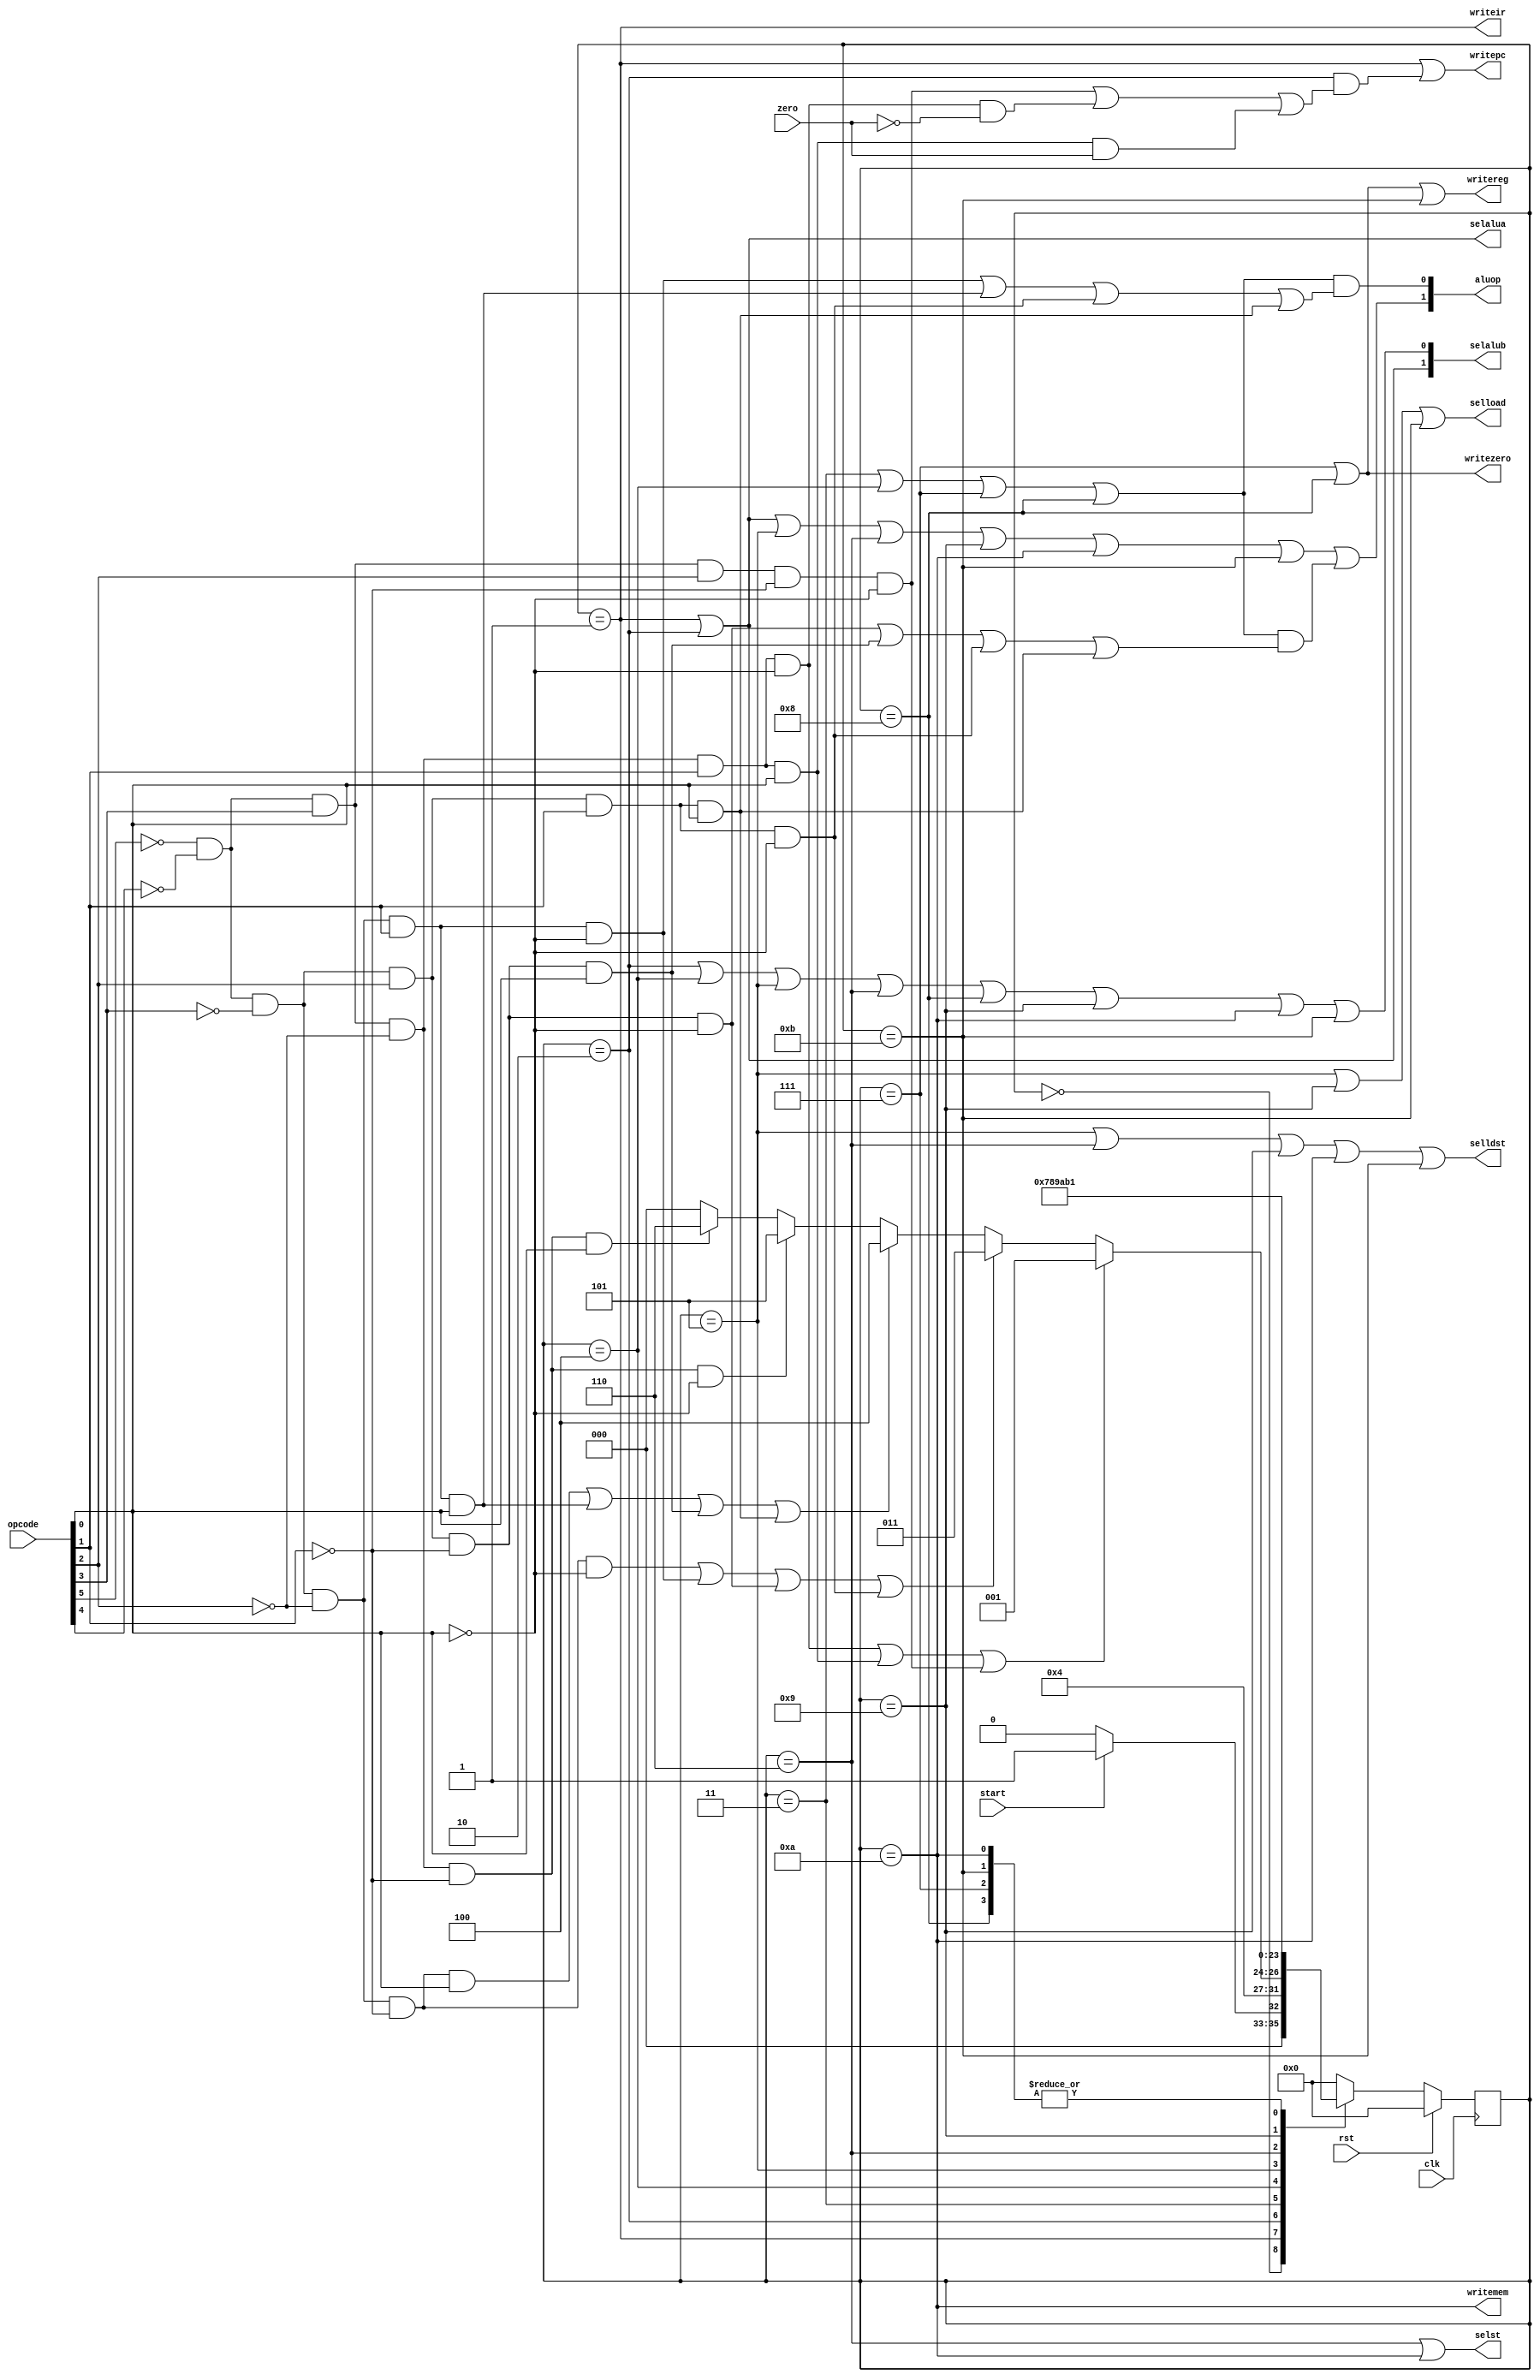
module   control(clk,rst,start,zero,opcode,writepc,selldst,writemem,writeir,selload,selst,writereg,selalua,selalub,aluop,writezero);

input clk,rst,start,zero;
input [5:0] opcode;
output writepc,selldst,writemem,writeir,selload,selst,writereg,selalua,writezero;
output [1:0] selalub,aluop;

reg  [3:0] state;
reg  [3:0] next_state;
wire  zero;

wire op_and,op_andi,op_or,op_ori,op_add,op_addi,op_sub,op_subi,op_load,op_store,op_bne,op_beq,op_branch;
wire BR,RR,RI,BT,OP0,OP1;

always @(posedge clk)
	begin
		if(rst)
			state<=4'd0;
		else
			state<=next_state;									
	end	

assign op_and=~opcode[5] & ~opcode[4] & ~opcode[3] & ~opcode[2] & ~opcode[1] & ~opcode[0];
assign op_andi=~opcode[5] & ~opcode[4] & ~opcode[3] & ~opcode[2] & ~opcode[1] & opcode[0];
assign op_or=~opcode[5] & ~opcode[4] & ~opcode[3] & ~opcode[2] & opcode[1] & ~opcode[0];
assign op_ori=~opcode[5] & ~opcode[4] & ~opcode[3] & ~opcode[2] & opcode[1] & opcode[0];
assign op_add=~opcode[5] & ~opcode[4] & ~opcode[3] & opcode[2] & ~opcode[1] & ~opcode[0];
assign op_addi=~opcode[5] & ~opcode[4] & ~opcode[3] & opcode[2] & ~opcode[1] & opcode[0];
assign op_sub=~opcode[5] & ~opcode[4] & ~opcode[3] & opcode[2] & opcode[1] & ~opcode[0];
assign op_subi=~opcode[5] & ~opcode[4] & ~opcode[3] & opcode[2] & opcode[1] & opcode[0];
assign op_load=~opcode[5] & ~opcode[4] & opcode[3] & ~opcode[2] & ~opcode[1] & ~opcode[0];
assign op_store=~opcode[5] & ~opcode[4] & opcode[3] & ~opcode[2] & ~opcode[1] & opcode[0];
assign op_bne=~opcode[5] & ~opcode[4] & opcode[3] & ~opcode[2] & opcode[1] & ~opcode[0];
assign op_beq=~opcode[5] & ~opcode[4] & opcode[3] & ~opcode[2] & opcode[1] & opcode[0];
assign op_branch=~opcode[5] & ~opcode[4] & opcode[3] & opcode[2] & ~opcode[1] & ~opcode[0];

assign BR=op_bne|op_beq|op_branch;
assign RR=op_and|op_or|op_add|op_sub;
assign RI=op_andi|op_ori|op_addi|op_subi;
assign BT=op_branch|op_bne&~zero|op_beq&zero;
assign OP0=op_or|op_ori|op_sub|op_subi;
assign OP1=op_add|op_addi|op_sub|op_subi;

//next state generation
always @ (*)
    case(state)
        4'd0: if(start)
                 next_state=4'd1;
              else
                 next_state=4'd0; 
        4'd1: next_state=4'd2;
        4'd2: if(BR)
                 next_state=4'd1;
              else if(RR)
                 next_state=4'd3;
              else if(RI)
                 next_state=4'd4;
              else if(op_load)
                 next_state=4'd5;
              else if(op_store)
                 next_state=4'd6;
              else
                 next_state=4'd0;
        4'd3: next_state=4'd7;
        4'd4: next_state=4'd8;
        4'd5: next_state=4'd9;
        4'd6: next_state=4'd10;
        4'd7: next_state=4'd1;
        4'd8: next_state=4'd1;
        4'd9: next_state=4'd11;
        4'd10: next_state=4'd1;
        4'd11: next_state=4'd1;
        default: next_state=4'd0;
    endcase   

//control signal
assign writepc=(state==4'd1)|(state==4'd2)&BT;
assign selldst=(state==4'd5)|(state==4'd6)|(state==4'd9)|(state==4'd10)|(state==4'd11);
assign writemem=(state==4'd10);
assign writeir=(state==4'd1);
assign selload=(state==4'd5)|(state==4'd9)|(state==4'd11);
assign selst=(state==4'd6)|(state==4'd10);
assign writereg=(state==4'd7)|(state==4'd8)|(state==4'd11);
assign selalua=(state==4'd1)|(state==4'd2);
assign selalub[1]=(state==4'd1)|(state==4'd2);
assign selalub[0]=(state==4'd2)|(state==4'd4)|(state==4'd5)|(state==4'd6)|(state==4'd8)|(state==4'd9)|(state==4'd10)|(state==4'd11);
assign writezero=(state==4'd7)|(state==4'd8);
assign aluop[1]=(state==4'd1)|(state==4'd2)|(state==4'd5)|(state==4'd6)|(state==4'd9)|(state==4'd10)|(state==4'd11)|((state==4'd3)|(state==4'd4)|(state==4'd7)|(state==4'd8))&OP1;
assign aluop[0]=((state==4'd3)|(state==4'd4)|(state==4'd7)|(state==4'd8))&OP0;
/*
assign d[0]=(~q[3]&~q[2]&~q[1]&~q[0])|((~q[3]&~q[2]&~q[1]&q[0])&(~opcode[3]&opcode[0]))|((~q[3]&~q[2]&~q[1]&q[0])&(opcode[3]&~opcode[2]&~opcode[1]&opcode[0]))|(~q[3]&~q[2]&q[1]&q[0])|(~q[3]&q[2]&~q[1]&q[0]);
assign d[1]=((~q[3]&~q[2]&~q[1]&q[0])&(~opcode[3]&~opcode[0]))|((~q[3]&~q[2]&~q[1]&q[0])&(~opcode[3]&opcode[0]))|(~q[3]&~q[2]&q[1]&~q[0])|(~q[3]&~q[2]&q[1]&q[0])|(q[3]&~q[2]&~q[1]&~q[0]);
assign d[2]=((~q[3]&~q[2]&~q[1]&q[0])&(opcode[3]&~opcode[2]&~opcode[1]&~opcode[0]))|((~q[3]&~q[2]&~q[1]&q[0])&(opcode[3]&~opcode[2]&~opcode[1]&opcode[0]))|(~q[3]&~q[2]&q[1]&~q[0])|(~q[3]&~q[2]&q[1]&q[0]);
assign d[3]=(~q[3]&q[2]&~q[1]&~q[0])|(~q[3]&q[2]&~q[1]&q[0])|(q[3]&~q[2]&~q[1]&~q[0]);
assign writepc=(~q[3]&~q[2]&~q[1]&~q[0])|((~q[3]&~q[2]&~q[1]&q[0])&((opcode[3]&opcode[2]&~opcode[1]&~opcode[0])|(opcode[3]&~opcode[2]&opcode[1]&~opcode[0]&~zero)|(opcode[3]&~opcode[2]&opcode[1]&opcode[0]&zero)));
assign selldst=(~q[3]&q[2]&~q[1]&~q[0])|(~q[3]&q[2]&~q[1]&q[0])|(q[3]&~q[2]&~q[1]&~q[0])|(q[3]&~q[2]&~q[1]&q[0])|(q[3]&~q[2]&q[1]&~q[0]);
assign writemem=q[3]&~q[2]&~q[1]&q[0];
assign writeir=~q[3]&~q[2]&~q[1]&~q[0];
assign selload=(~q[3]&q[2]&~q[1]&~q[0])|(q[3]&~q[2]&~q[1]&~q[0])|(q[3]&~q[2]&q[1]&~q[0]);
assign selst=(~q[3]&q[2]&~q[1]&q[0])|(q[3]&~q[2]&~q[1]&q[0]);
assign writereg=(~q[3]&q[2]&q[1]&~q[0])|(~q[3]&q[2]&q[1]&q[0])|(q[3]&~q[2]&q[1]&~q[0]);
assign selalua=(~q[3]&~q[2]&~q[1]&~q[0])|(~q[3]&~q[2]&~q[1]&q[0]);
assign selalub[1]=(~q[3]&~q[2]&~q[1]&~q[0])|(~q[3]&~q[2]&~q[1]&q[0]);
assign selalub[0]=(~q[3]&~q[2]&~q[1]&q[0])|(~q[3]&~q[2]&q[1]&q[0])|(~q[3]&q[2]&~q[1]&~q[0])|(~q[3]&q[2]&~q[1]&q[0])|(~q[3]&q[2]&q[1]&q[0])|(q[3]&~q[2]&~q[1]&~q[0])|(q[3]&~q[2]&~q[1]&q[0])|(q[3]&~q[2]&q[1]&~q[0]);
assign writezero=(~q[3]&q[2]&q[1]&~q[0])|(~q[3]&q[2]&q[1]&q[0]);
assign aluop[1]=(~q[3]&~q[2]&~q[1]&~q[0])|(~q[3]&~q[2]&~q[1]&q[0])|((~q[3]&~q[2]&q[1]&~q[0])&(~opcode[3]&opcode[2]))|((~q[3]&~q[2]&q[1]&q[0])&(~opcode[3]&opcode[2]))|(~q[3]&q[2]&~q[1]&~q[0])|(~q[3]&q[2]&~q[1]&q[0])|((~q[3]&q[2]&q[1]&~q[0])&(~opcode[3]&opcode[2]))|((~q[3]&q[2]&q[1]&q[0])&(~opcode[3]&opcode[2]))|(q[3]&~q[2]&~q[1]&~q[0])|(q[3]&~q[2]&~q[1]&q[0])|(q[3]&~q[2]&q[1]&~q[0]);
assign aluop[0]=((~q[3]&~q[2]&q[1]&~q[0])&(~opcode[3]&opcode[1]))|((~q[3]&~q[2]&q[1]&q[0])&(~opcode[3]&opcode[1]))|((~q[3]&q[2]&q[1]&~q[0])&(~opcode[3]&opcode[1]))|((~q[3]&q[2]&q[1]&q[0])&(~opcode[3]&opcode[1]));
*/

endmodule